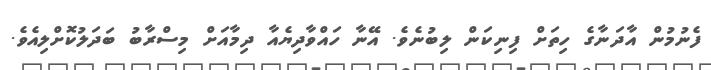
ފެނުމުން އާދަނާގެ ހިތަށް ފިނިކަން ލިބުނެވެ. އޭނާ ހައްވާދިޔެއާ ދިމާއަށް މިސްރާބު ބަދަލުކޮށްލިއެވެ.